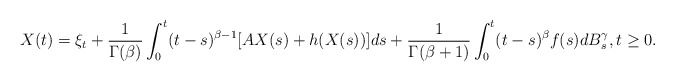
\begin{align*}X(t)=\xi_t+\frac{1}{\Gamma(\beta)}\int_0^t (t-s)^{\beta-1} [AX(s)+h(X(s))]ds+\frac{1}{\Gamma(\beta+1)}\int_0^t (t-s)^{\beta}f(s)dB_s^\gamma, t\ge 0.\end{align*}